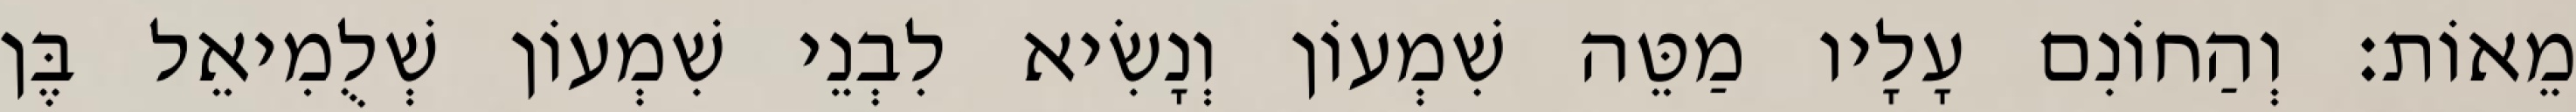
מֵאוֹת׃ וְהַחוֹנִם עָלָיו מַטֵּה שִׁמְעוֹן וְנָשִׂיא לִבְנֵי שִׁמְעוֹן שְׁלֻמִיאֵל בֶּן